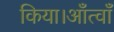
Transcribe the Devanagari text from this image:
किया।आँत्वाँ